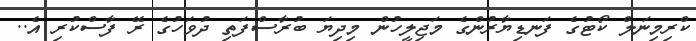
ކްރިމިނަލް ކޯޓުގެ ފަނޑިޔާރުންގެ މަޖިލީހުން މިދިޔަ ބުރާސްފަތި ދުވަހުގެ ރޭ ފާސްކުރި އެ..